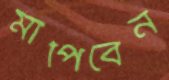
মাপিবেন